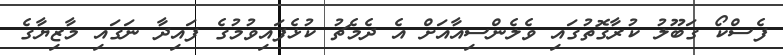
ފެސްކޯ ގަބޫލު ކުރާގޮތުގައި ވެލެންސިއާއަށް އެ ދެމެޗު ކުޅެފައިވުމުގެ ފައިދާ ނަގައި މާޒިޔާގެ